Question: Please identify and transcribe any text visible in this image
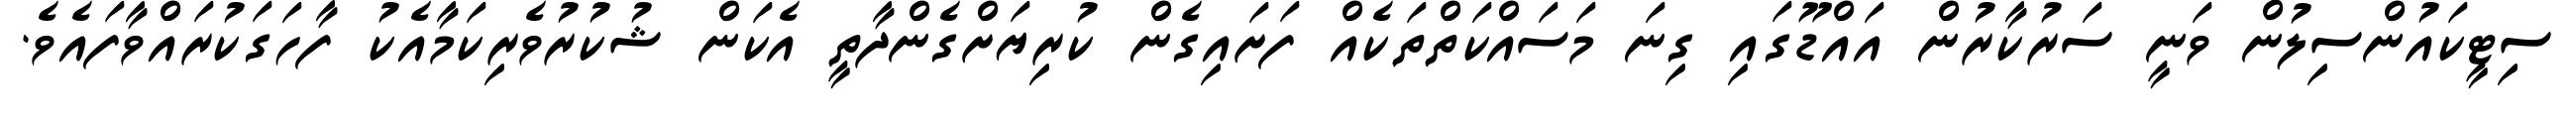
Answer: ސިޓީކައުންސިލުން ވަނީ ސަރުކާރުން އައްޑޫގައި ގިނަ މަސައްކަތްތަކެއް ފަށައިގެން ކުރިޔަށްގެންދާތީ އެކަން ޝުކުރުވެރިކަމާއެކު ފާހަގަކުރައްވާފައެވެ.